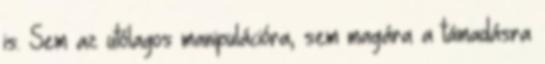
is. Sem az utólagos manipulációra, sem magára a támadásra